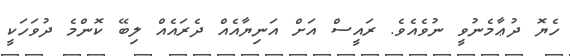
ހެޔޮ ދުޢާމެނުވީ ނުވެއެވެ. ރައީސް އަށް އަނިޔާއެއް ދެރައެއް ލިބޭ ކޮންމެ ދުވަހަކީ